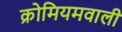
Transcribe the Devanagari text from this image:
क्रोमियमवाली